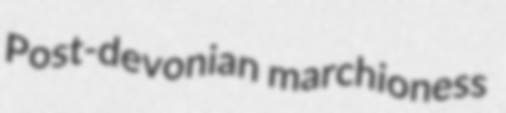
Post-devonian marchioness